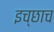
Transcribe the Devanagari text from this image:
इच्छाच